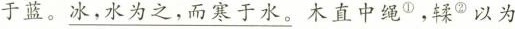
于蓝。\underline{冰，水为之，而寒于水。}木直中绳^{①}。鞣^{②}以为